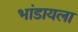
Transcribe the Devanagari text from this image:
भांडायला